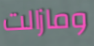
ومازالت